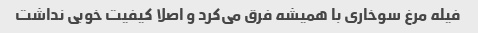
فیله مرغ سوخاری با همیشه فرق می‌کرد و اصلا کیفیت خوبی نداشت